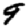
Digit: 9